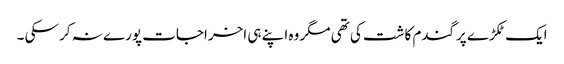
ایک ٹکڑے پرگندم کاشت کی تھی مگر وہ اپنے ہی اخراجات پورے نہ کر سکی ۔